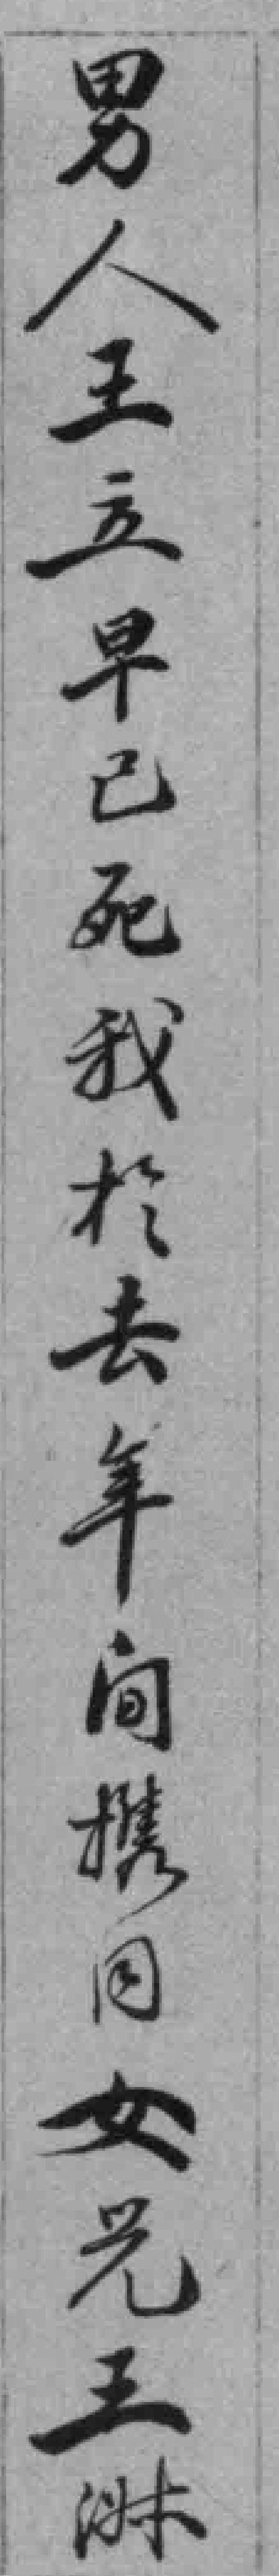
男人王立早已死我於去年间携同女光王㳤